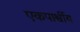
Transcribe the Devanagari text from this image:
एकपार्श्वीय